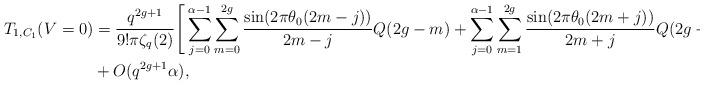
LaTeX: \begin{align*} T_{1,C_1}(V=0) &= \frac{q^{2g+1}}{9! \pi \zeta_q(2) } \Bigg[ \sum_{j=0}^{\alpha-1} \sum_{m=0}^{2g}\frac{ \sin (2 \pi \theta_0(2m-j))}{2m-j} Q(2g-m) + \sum_{j=0}^{\alpha-1} \sum_{m=1}^{2g} \frac{ \sin (2 \pi \theta_0(2m+j))}{2m+j} Q(2g-m) \Bigg] \\ &+O(q^{2g+1}\alpha), \end{align*}